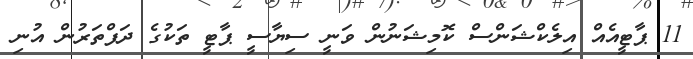
11 ޕާޓީއެއް އިލެކްޝަންސް ކޮމިޝަނުން ވަނީ ސިޔާސީ ޕާޓީ ތަކުގެ ދަފްތަރުން އުނި